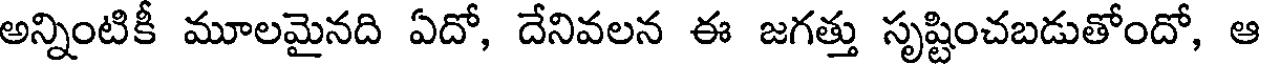
అన్నింటికీ మూలమైనది ఏదో, దేనివలన ఈ జగత్తు సృష్టించబడుతోందో, ఆ